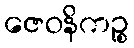
ဇေဝနိကဉ္စ